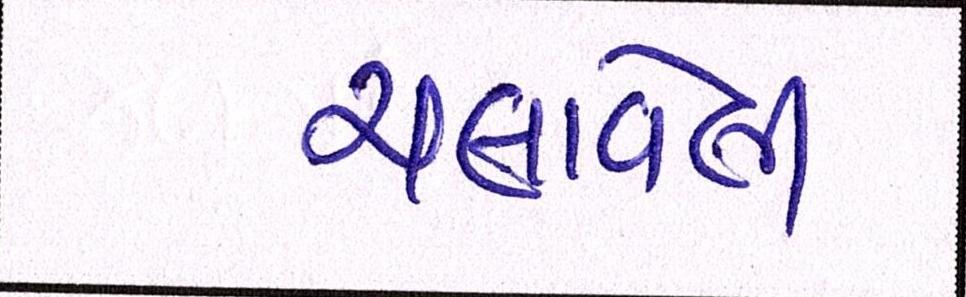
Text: ચલાવેલી